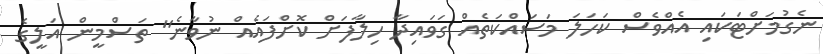
ނެގުމަށްޓަކައި އެއްވެސް ކަހަލަ މަސައްކަތެއް ގަވައިދާ ހިލާފަށް ކޮށްފައެއް ނުވާނެ" ތަސްމީން އަލީގެ